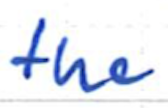
Text: the
Cross-out: clean
Writing tool: ballpoint